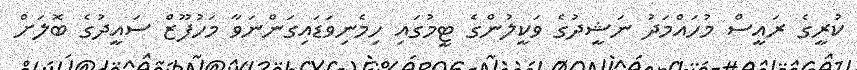
ކުރީގެ ރައީސް މުހައްމަދު ނަޝީދުގެ ވަކީލުންގެ ޓީމުގައި ހިމެނިވަޑައިގަންނަވާ މަހުފޫޒް ސައީދުގެ ބޮލަށް